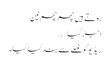
روتے ہیں چھم چھم نین
اجڑ گیا…..
ریڈیو کو غصّے سے بند کیا گیا۔